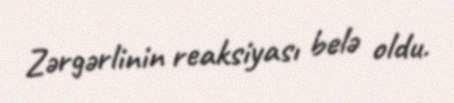
Zərgərlinin reaksiyası belə oldu.